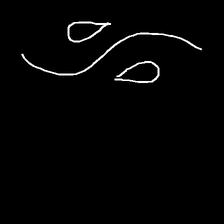
Glyph: water